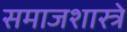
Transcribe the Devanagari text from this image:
समाजशास्त्रे